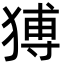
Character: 猼